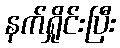
နက်ရှိုင်းပြီး